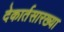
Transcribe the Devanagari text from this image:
देकार्तसारख्या